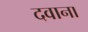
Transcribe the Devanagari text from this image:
दवाना